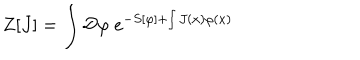
Z [ J ] = \int { \cal D } \varphi \ e ^ { - S [ \varphi ] + \int J ( x ) \varphi ( x ) }